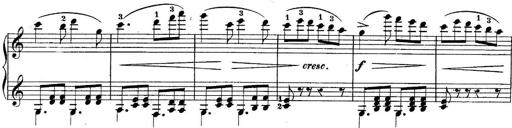
Title: 10 Sonatines progressives
Composer: Anton Schmoll